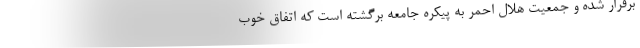
برقرار شده و جمعیت هلال احمر به پیکره جامعه برگشته است که اتفاق خوب